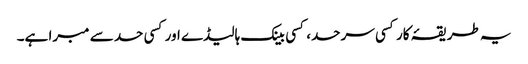
یہ طریقۂ کار کسی سرحد، کسی بینک ہالیڈے اور کسی حد سے مبرا ہے۔